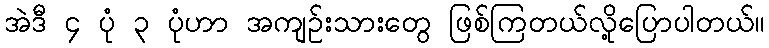
အဲဒီ ၄ ပုံ ၃ ပုံဟာ အကျဉ်းသားတွေ ဖြစ်ကြတယ်လို့ပြောပါတယ်။